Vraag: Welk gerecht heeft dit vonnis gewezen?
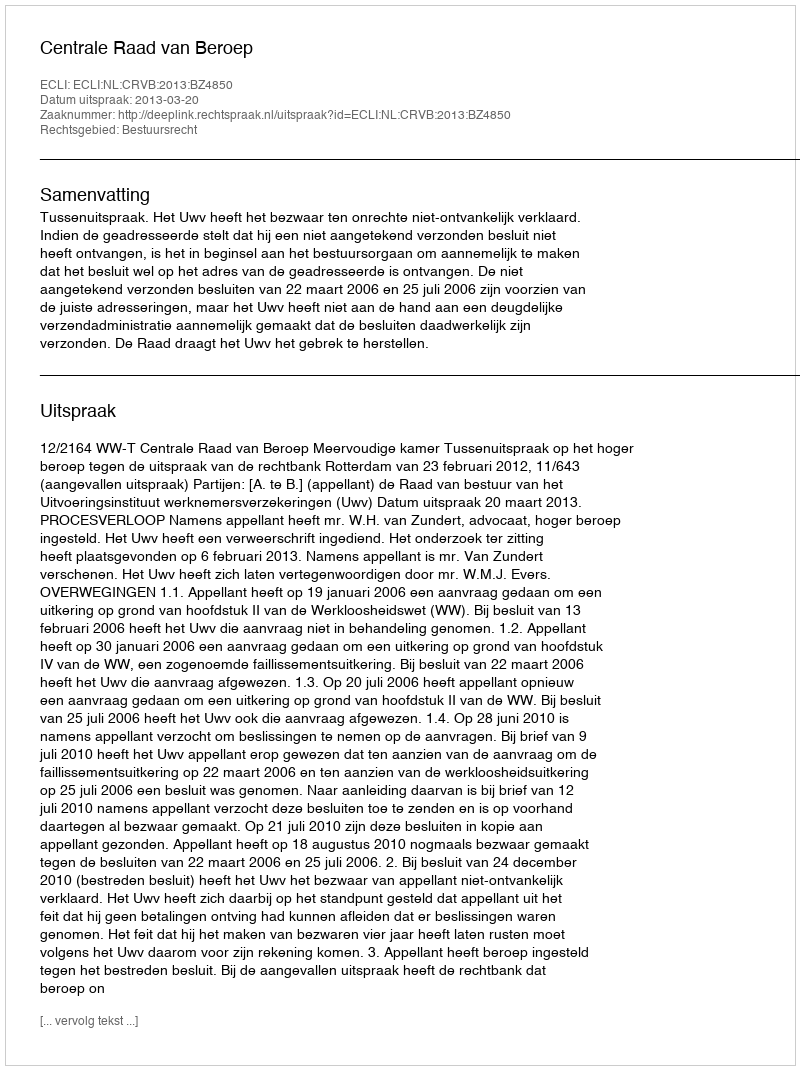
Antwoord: Centrale Raad van Beroep